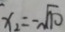
x _ { 2 } = - \sqrt { 1 0 }